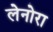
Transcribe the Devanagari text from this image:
लेनोरा